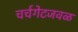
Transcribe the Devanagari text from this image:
चर्चगेटजवळ